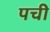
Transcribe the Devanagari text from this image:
पची